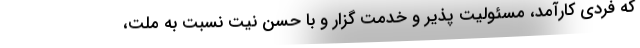
که فردی کارآمد، مسئولیت پذیر و‌ خدمت گزار و‌ با حسن نیت نسبت به ملت،